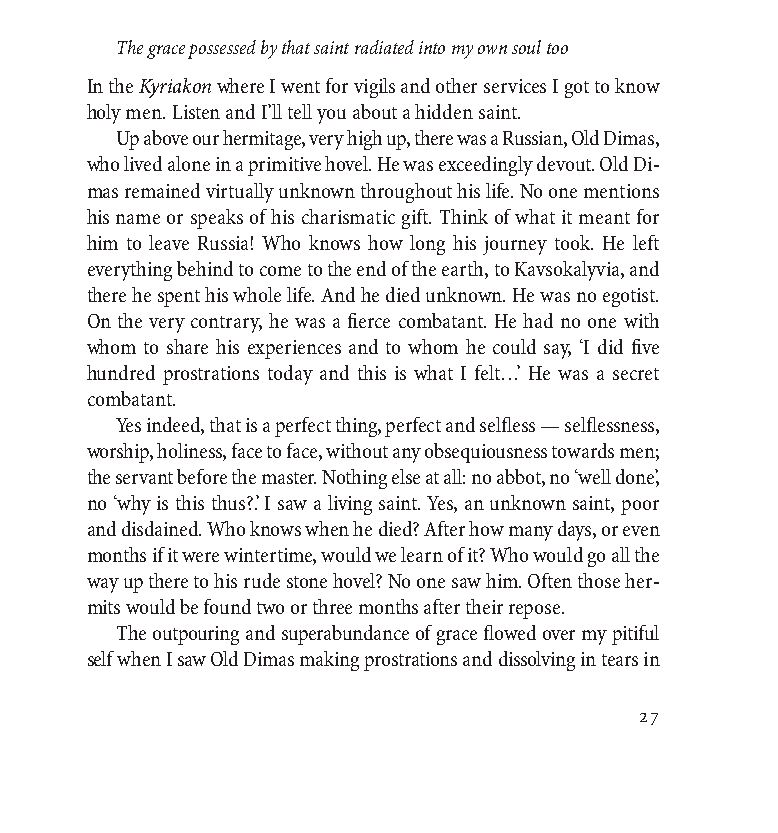
TELIKO BIBLIO small caps 17-07-08 12:44 Page 27
 elevation and deep communication with the Lord are created. At two
 o’clock in the morning on the Holy Mountain a true earthquake takes
 place. I would always be filled with awe at that time. Prayer would cause
 the whole place to tremble, the entire spiritual world. Now that’swhat
 love for Christ is.
 On the Holy Mountain I loved the vigil services very much. I became
 a different person. I was always very concentrated and focused. I had a
 great desire to hear the words. I didn’t want sleep to snatch my mind
 away for even a moment. I didn’t become heavy-eyed; I followed the
 services with irresistible devotion, with eros. When on occasion I would
 be sitting in the stalls at the side of the church, I didn’t lean onto the back
 of the stall for fear of falling asleep. After the Divine Liturgy again I did-
 n’t want to sleep. The sense of love was what dominated, and that’swhy
 I kept awake.
 The grace possessed by that saint radiated into my own soul too
 In the Kyriakonwhere I went for vigils and other services I got to know
 holy men. Listen and I’ll tell you about a hidden saint.
 Up above our hermitage, very high up, there was a Russian, Old Dimas,
 who lived alone in a primitive hovel. He was exceedingly devout. Old Di-
 mas remained virtually unknown throughout his life. No one mentions
 his name or speaks of his charismatic gift. Think of what it meant for
 him to leave Russia! Who knows how long his journey took. He left
 everything behind to come to the end of the earth, to Kavsokalyvia, and
 there he spent his whole life. And he died unknown. He was no egotist.
 On the very contrary, he was a fierce combatant. He had no one with
 whom to share his experiences and to whom he could say, ‘I did five
 hundred prostrations today and this is what I felt…’ He was a secret
 combatant.
 Yes indeed, that is a perfect thing, perfect and selfless — selflessness,
 worship, holiness, face to face, without any obsequiousness towards men;
 the servant before the master. Nothing else at all: no abbot, no ‘well done’,
 no ‘why is this thus?’. I saw a living saint. Yes, an unknown saint, poor
 and disdained. Who knows when he died? After how many days, or even
 months if it were wintertime, would we learn of it? Who would go all the
 way up there to his rude stone hovel? No one saw him. Often those her-
 mits would be found two or three months after their repose.
 The outpouring and superabundance of grace flowed over my pitiful
 self when I saw Old Dimas making prostrations and dissolving in tears in
 27